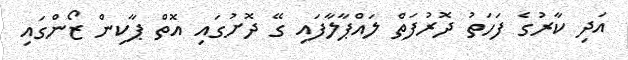
އަދި ކާރުގެ ފަހަތު ދޮރުފަތް ލައްޕާލާފައި ގޭ ދޮށުގައި އޮތް ޕާކިން ޒޯންގައި